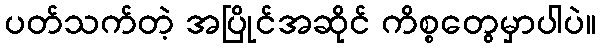
ပတ်သက်တဲ့ အပြိုင်အဆိုင် ကိစ္စတွေမှာပါပဲ။